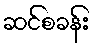
ဆင်စခန်း